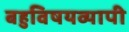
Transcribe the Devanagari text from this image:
बहुविषयव्यापी